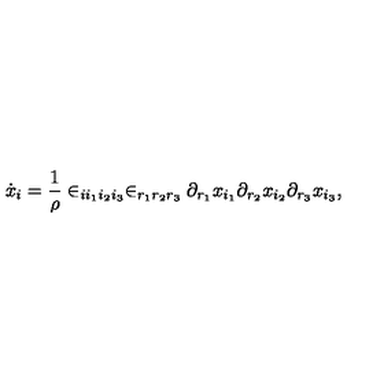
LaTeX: \dot { x } _ { i } = \frac { 1 } { \rho } \in _ { i i _ { 1 } i _ { 2 } i _ { 3 } } \in _ { r _ { 1 } r _ { 2 } r _ { 3 } } \partial _ { r _ { 1 } } x _ { i _ { 1 } } \partial _ { r _ { 2 } } x _ { i _ { 2 } } \partial _ { r _ { 3 } } x _ { i _ { 3 } } ,